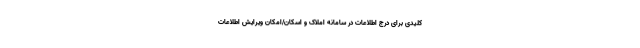
کلیدی برای درج اطلاعات در سامانه املاک و اسکان/امکان ویرایش اطلاعات